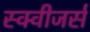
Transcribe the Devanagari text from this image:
स्क्वीजर्स